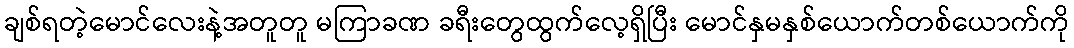
ချစ်ရတဲ့မောင်လေးနဲ့အတူတူ မကြာခဏ ခရီးတွေထွက်လေ့ရှိပြီး မောင်နှမနှစ်ယောက်တစ်ယောက်ကို